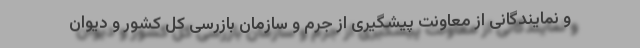
و نمایندگانی از معاونت پیشگیری از جرم و سازمان بازرسی کل کشور و دیوان